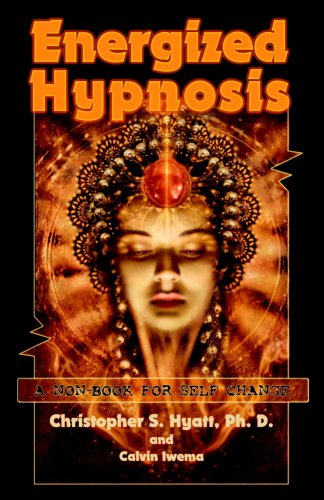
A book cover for Energized Hypnosis: A Non-Book for Self-Change; Christopher S. Hyatt; Self-Help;